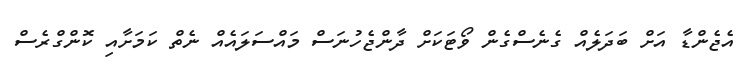
އެޖެންޑާ އަށް ބަދަލެއް ގެނެސްގެން ވޯޓަކަށް ދާންޖެހުނަސް މައްސަލައެއް ނެތް ކަމަށާއި ކޮންގްރެސް